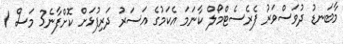
މާބަނޑު ދުވަސްވަރު ޕެރެސެޓްމޯލް ކާނަމަ އެކަމުގެ އަސަރު ދަރިފުޅަށް ކޮށްފާނެ3 މަސް 1